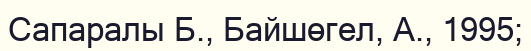
Сапаралы Б., Байшөгел, А., 1995;